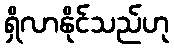
ရှိလာနိုင်သည်ဟု